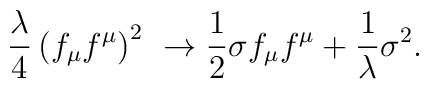
\frac {\lambda}4  \left(f_\mu f^\mu\right)^2\ \to \frac 12 {\sigma}f_\mu f^\mu + \frac 1{\lambda} \sigma^2 .